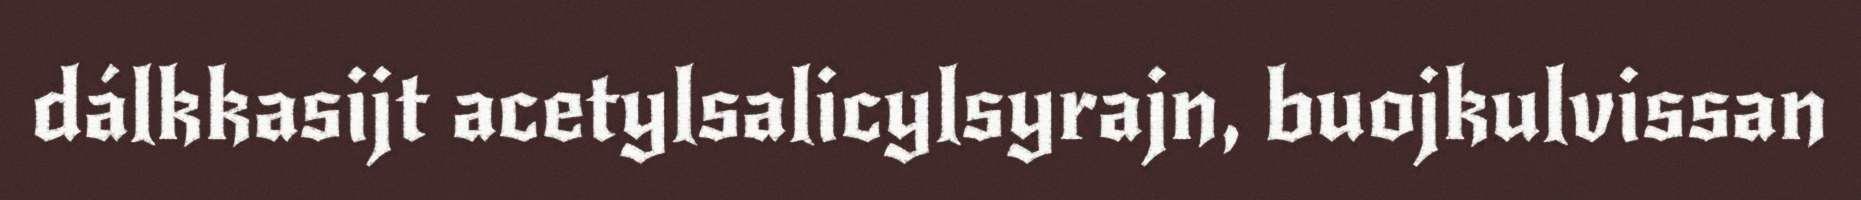
dálkkasijt acetylsalicylsyrajn, buojkulvissan